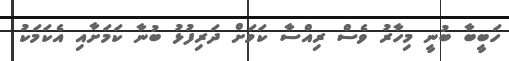
ހަބީބާ ބުނީ މިހާރު ވެސް ރިއްސާ ކަމަށް ދަރިފުޅު ބުނާ ކަމަށާއި އެކަމަކު